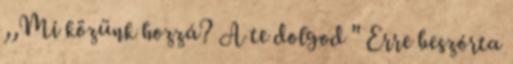
,,Mi közünk hozzá? A te dolgod '' Erre beszórta